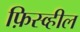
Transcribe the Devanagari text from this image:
फ़िस्व्हील